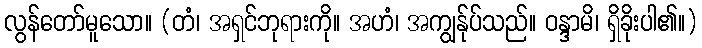
လွန်တော်မူသော။ (တံ၊ အရှင်ဘုရားကို။ အဟံ၊ အကျွန်ုပ်သည်။ ဝန္ဒာမိ၊ ရှိခိုးပါ၏။)